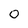
Character: 0